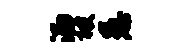
洒被愚